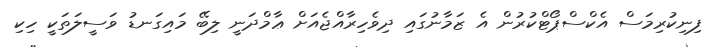
ފިނިކުރިމަސް އެކްސްޕޯޓްކުރުން އެ ޒަމާނުގައި ދިވެހިރާއްޖެއަށް ޢާމްދަނީ ލިބޭ މައިގަނޑު ވަސީލަތަކީ ހިކި